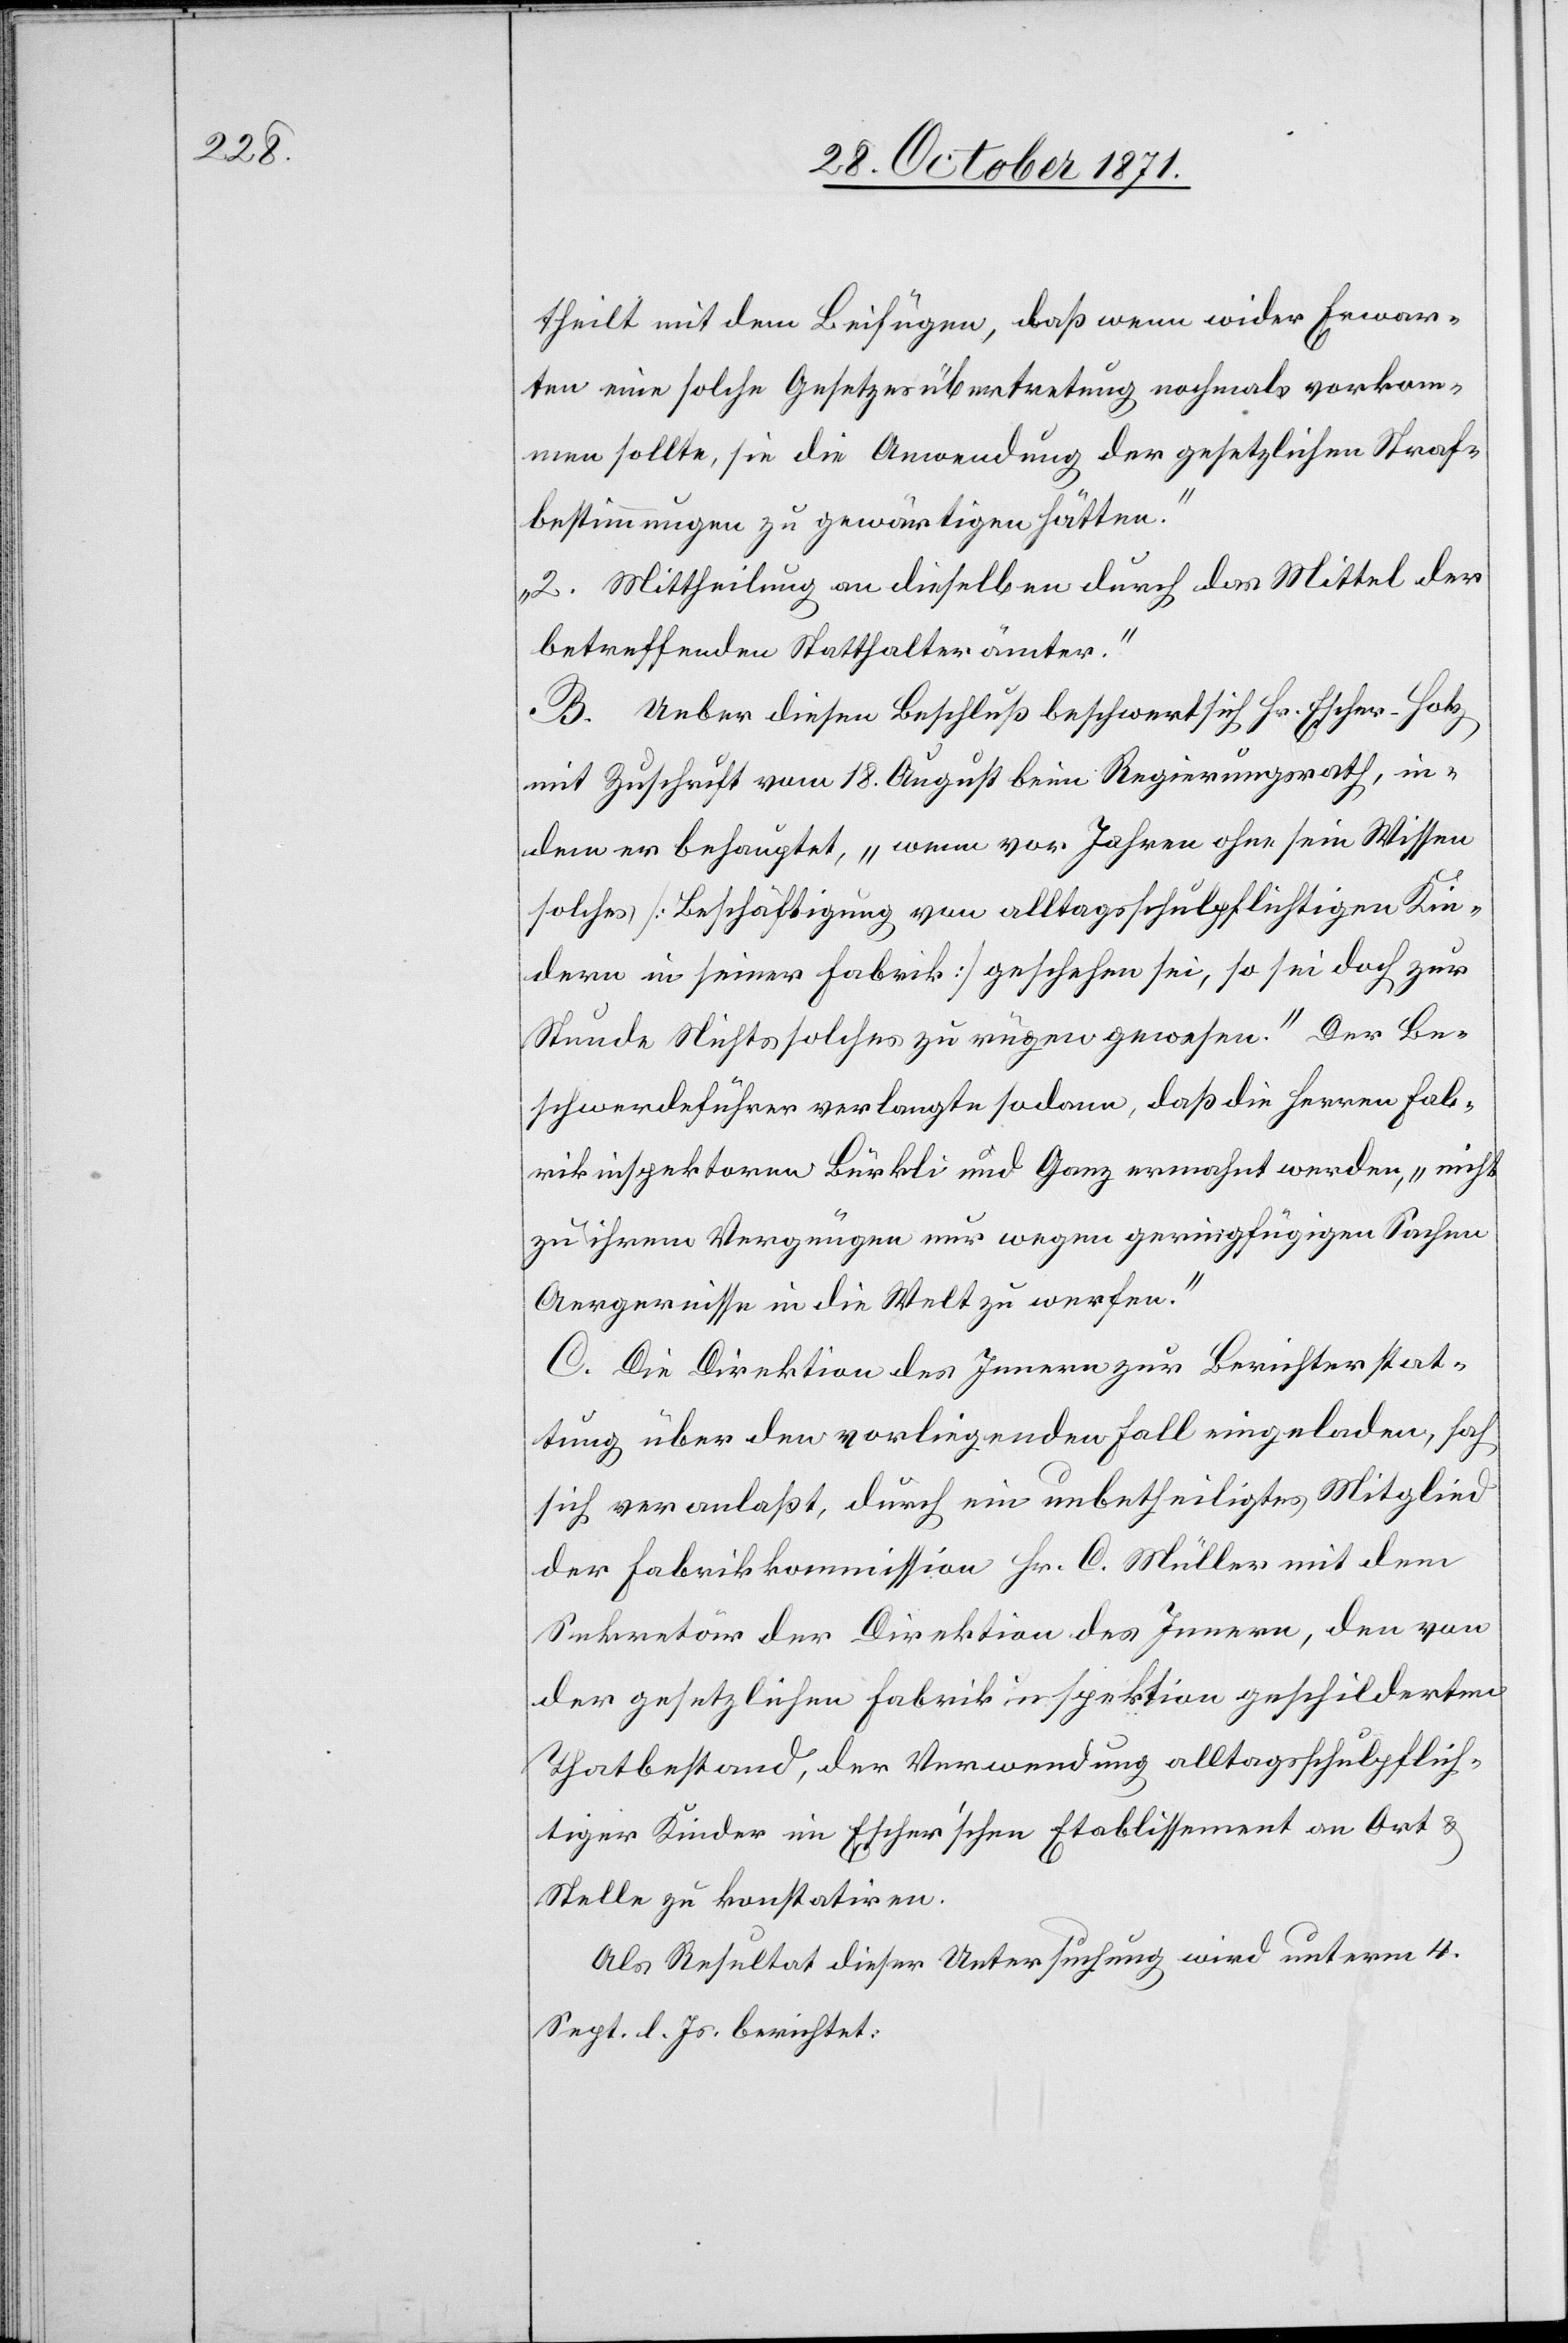
theilt mit dem Beifügen, daß wenn wider Erwar¬
ten eine solche Gesetzesübertretung nochmals vorkom¬
men sollte, sie die Anwendung der gesetzlichen Straf¬
bestimmungen zu gewärtigen hätten.“
„2. Mittheilung an dieselben durch das Mittel der
betreffenden Statthalterämter.“
B. Ueber diesen Beschluß beschwert sich Hr. Escher-Hotz
mit Zuschrift vom 18. August beim Regierungsrath, in¬
dem er behauptet, „wenn vor Jahren ohne sein Wissen
solches [Beschäftigung von alltagsschulpflichtigen Kin¬
dern in seiner Fabrik] geschehen sei, so sei doch zur
Stunde Nichts solches zu rügen gewesen.“ Der Be¬
schwerdeführer verlangte sodann, daß die Herren Fab¬
rikinspektoren Bürkli und Ganz ermahnt werden, „nicht
zu ihrem Vergnügen nur wegen geringfügigen Sachen
Aergernisse in die Welt zu werfen.“
C. Die Direktion des Innern zur Berichterstat¬
tung über den vorliegenden Fall eingeladen, sah
sich veranlaßt durch ein unbetheiligtes Mitglied
der Fabrikkommission Hr. C. Müller mit dem
Sekretär der Direktion des Innern, den von
der gesetzlichen Fabrikinspektion geschilderten
Thatbestand, der Verwendung alltagsschulpflich¬
tiger Kinder im Escher’schen Etablissement an Ort &
Stelle zu konstatiren.
Als Resultat dieser Untersuchung wird unterm 4.
Sept. d. Js. berichtet: